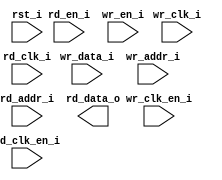
/*******************************************************************************
    Verilog netlist generated by IPGEN Radiant Software (64-bit) 2.0.0.64.1
    Soft IP Version: 1.1.0
    Fri Jun 19 00:07:55 2020
*******************************************************************************/
/*******************************************************************************
    Wrapper Module generated per user settings.
*******************************************************************************/
module ebr_dp (wr_clk_i, rd_clk_i, rst_i, wr_clk_en_i, rd_en_i, rd_clk_en_i,
    wr_en_i, wr_data_i, wr_addr_i, rd_addr_i, rd_data_o)/* synthesis syn_black_box syn_declare_black_box=1 */;
    input  wr_clk_i;
    input  rd_clk_i;
    input  rst_i;
    input  wr_clk_en_i;
    input  rd_en_i;
    input  rd_clk_en_i;
    input  wr_en_i;
    input  [15:0]  wr_data_i;
    input  [7:0]  wr_addr_i;
    input  [7:0]  rd_addr_i;
    output  [15:0]  rd_data_o;
endmodule